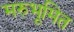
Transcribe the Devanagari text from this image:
मरुभूमित